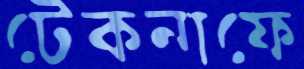
টেকনাফে